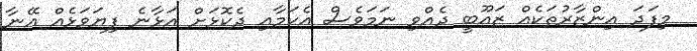
މިފަދަ އިންޒާރުތަކެއް ޒައޫބީ ދެއްވި ނަމަވެސް އެކަމާއި ދެކޮޅަށް އަޅާނެ ފިޔަވަޅެއް އޭނާ